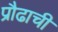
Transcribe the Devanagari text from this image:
प्रौढाची